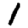
Digit: 1